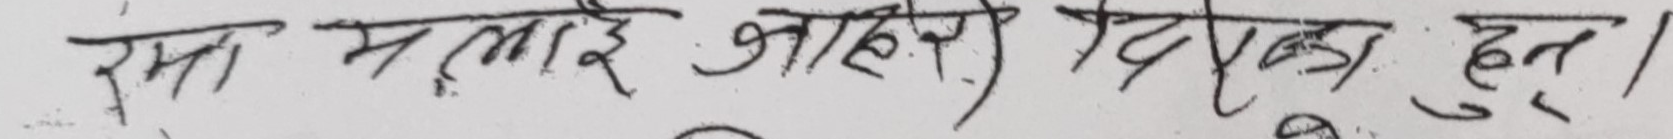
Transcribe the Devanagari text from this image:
रमा मलाई आफ्नै दिदी हुन्।